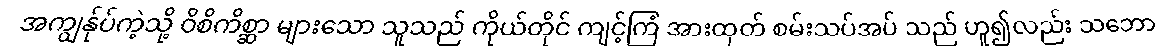
အကျွန်ုပ်ကဲ့သို့ ဝိစိကိစ္ဆာ များသော သူသည် ကိုယ်တိုင် ကျင့်ကြံ အားထုတ် စမ်းသပ်အပ် သည် ဟူ၍လည်း သဘော